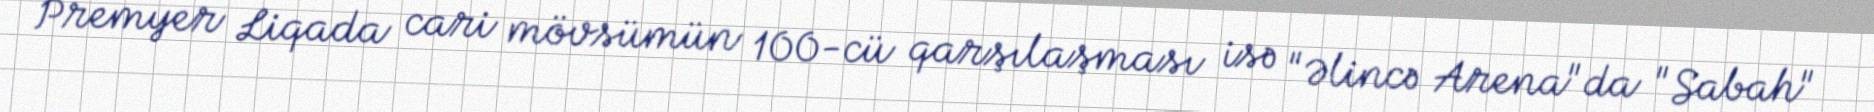
Premyer Liqada cari mövsümün 100-cü qarşılaşması isə "Əlincə Arena"da "Sabah"